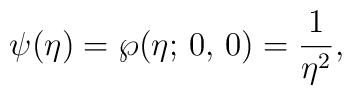
\psi(\eta)=\wp(\eta;\,0,\,0)={1\over{\eta^2}},